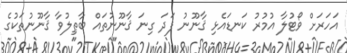
އަހަރަށް ވޯޓުލާ އުމުރު ކަނޑައެޅި ޤާނޫނު ފަދަ ގިނަ ޤާނޫނުތައް ބާޠިލުވާ ޤާނޫނުތަކުގެ